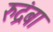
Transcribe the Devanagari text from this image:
रुद्रंबा